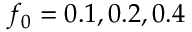
f _ { 0 } = 0 . 1 , 0 . 2 , 0 . 4